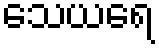
သေယရေ